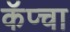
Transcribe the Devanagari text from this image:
कॅप्चा